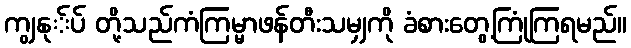
ကျွနု်ပ် တို့သည်ကံကြမ္မာဖန်တီးသမျှကို ခံစားတွေ့ကြုံကြရမည်။